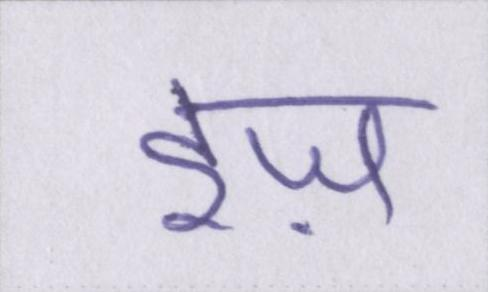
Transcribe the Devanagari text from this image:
इज़